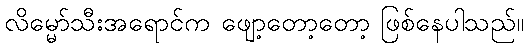
လိမ္မော်သီးအရောင်က ဖျော့တော့တော့ ဖြစ်နေပါသည်။